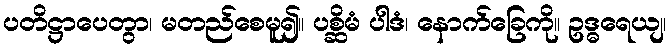
ပတိဋ္ဌာပေတွာ၊ မတည်စေမူ၍။ ပစ္ဆိမံ ပါဒံ၊ နောက်ခြေကို။ ဥဒ္ဓရေယျ၊